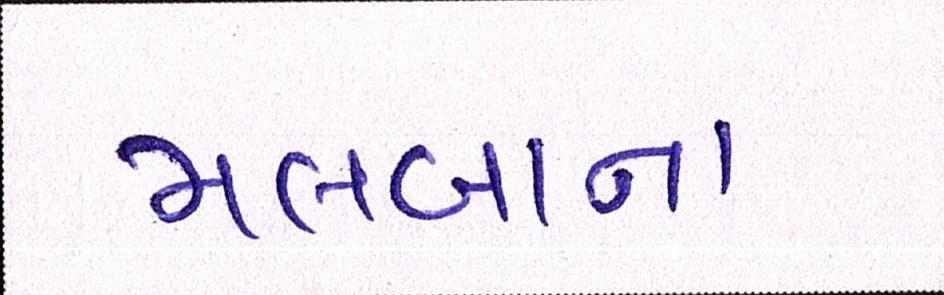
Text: મલબાના